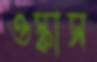
ওস্‌কাস